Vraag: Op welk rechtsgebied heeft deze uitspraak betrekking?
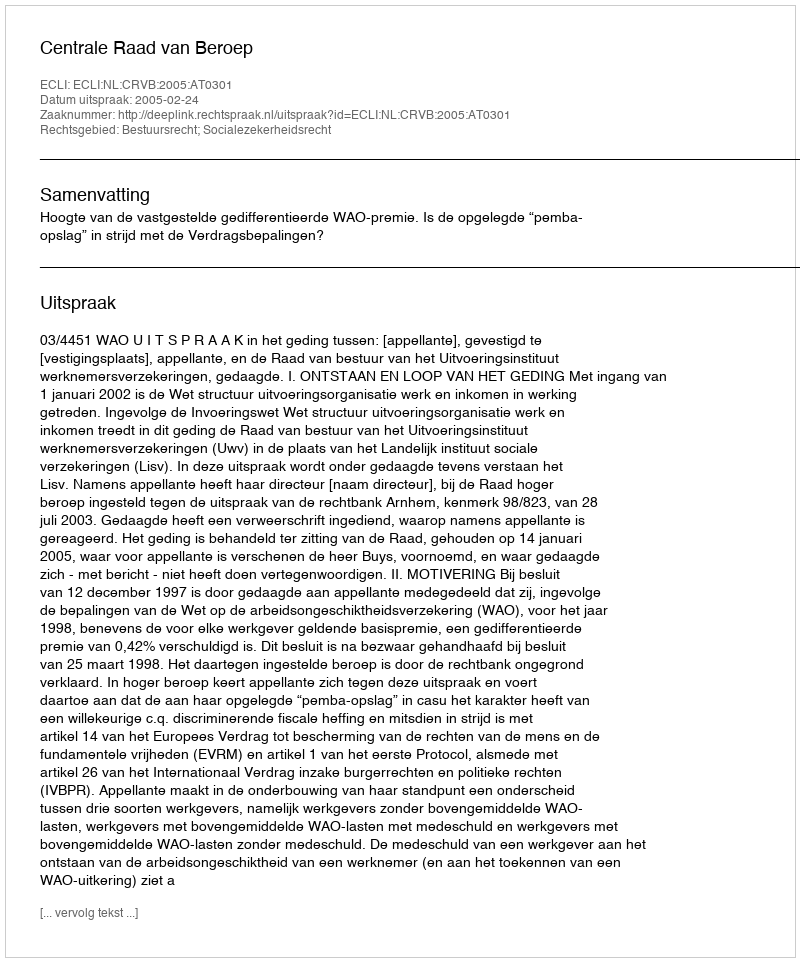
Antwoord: Bestuursrecht; Socialezekerheidsrecht